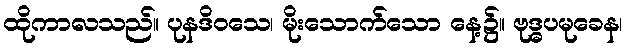
ထိုကာလသည်။ ပုနဒိဝသေ၊ မိုးသောက်သော နေ့၌။ ဗုဒ္ဓပမုခေန၊